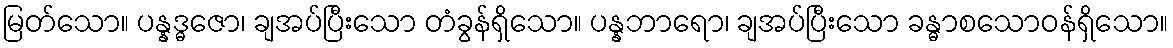
မြတ်သော။ ပန္နဒ္ဓဇော၊ ချအပ်ပြီးသော တံခွန်ရှိသော။ ပန္နဘာရော၊ ချအပ်ပြီးသော ခန္ဓာစသောဝန်ရှိသော။